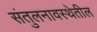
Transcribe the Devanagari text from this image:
संतुलनावस्थेतील